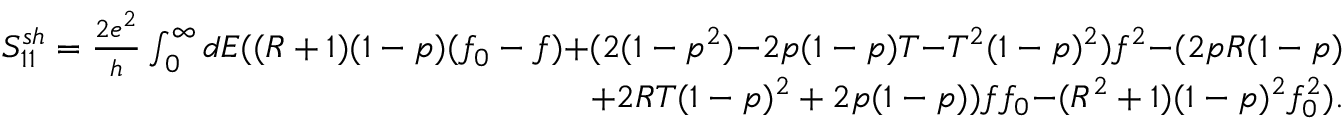
\begin{array} { r } { { S _ { 1 1 } ^ { s h } = \frac { 2 e ^ { 2 } } { h } \int _ { 0 } ^ { \infty } d E ( ( R + 1 ) ( 1 - p ) ( f _ { 0 } - f ) } { + ( 2 ( 1 - p ^ { 2 } ) } { - 2 p ( 1 - p ) T } { - T ^ { 2 } ( 1 - p ) ^ { 2 } ) f ^ { 2 } } { - ( 2 p R ( 1 - p ) } } \\ { { + 2 R T ( 1 - p ) ^ { 2 } + 2 p ( 1 - p ) ) f f _ { 0 } } { - ( R ^ { 2 } + 1 ) ( 1 - p ) ^ { 2 } f _ { 0 } ^ { 2 } ) . } } \end{array}